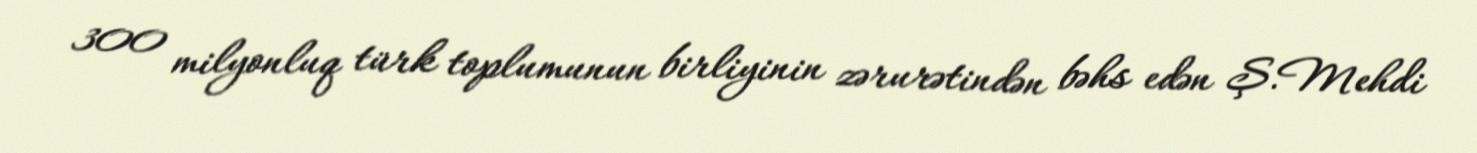
300 milyonluq türk toplumunun birliyinin zərurətindən bəhs edən Ş.Mehdi